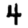
Digit: 4